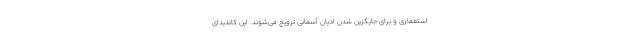
استعماری و برای جایگزین شدن ادیان آسمانی ترویج می‌شوند. این کاندیدای